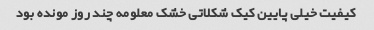
کیفیت خیلی پایین کیک شکلاتی خشک معلومه چند روز مونده بود